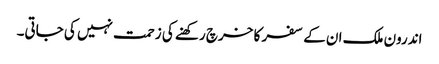
اندرون ملک ان کے سفر کا خرچ رکھنے کی زحمت نہیں کی جاتی۔